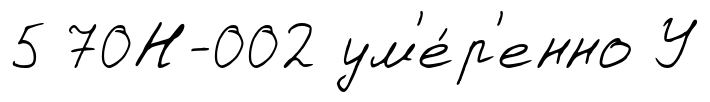
5 70Н-002 ум'е́р'енно У